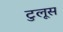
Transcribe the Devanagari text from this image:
टुलूस